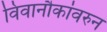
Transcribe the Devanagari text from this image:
विवानौकांवरुन